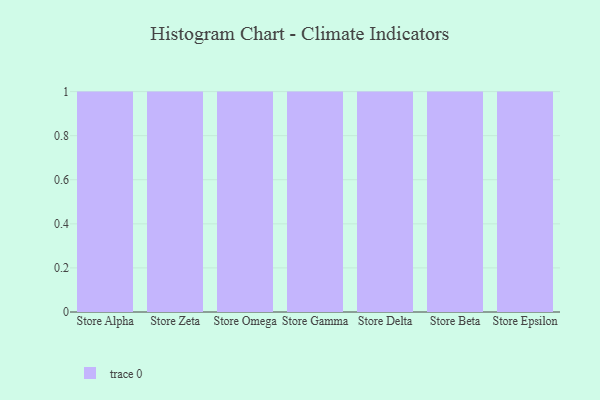
{"axis": {"x": "Store", "y": "Page Views"}, "legend": [""], "data": [{"x": "Store Alpha", "y": 52, "type": ""}, {"x": "Store Zeta", "y": 22, "type": ""}, {"x": "Store Omega", "y": 95, "type": ""}, {"x": "Store Gamma", "y": 60, "type": ""}, {"x": "Store Delta", "y": 7, "type": ""}, {"x": "Store Beta", "y": 17, "type": ""}, {"x": "Store Epsilon", "y": 3, "type": ""}]}